Indian journal of veterinary science and animal husbandry - Volume 12,
Year: 1942
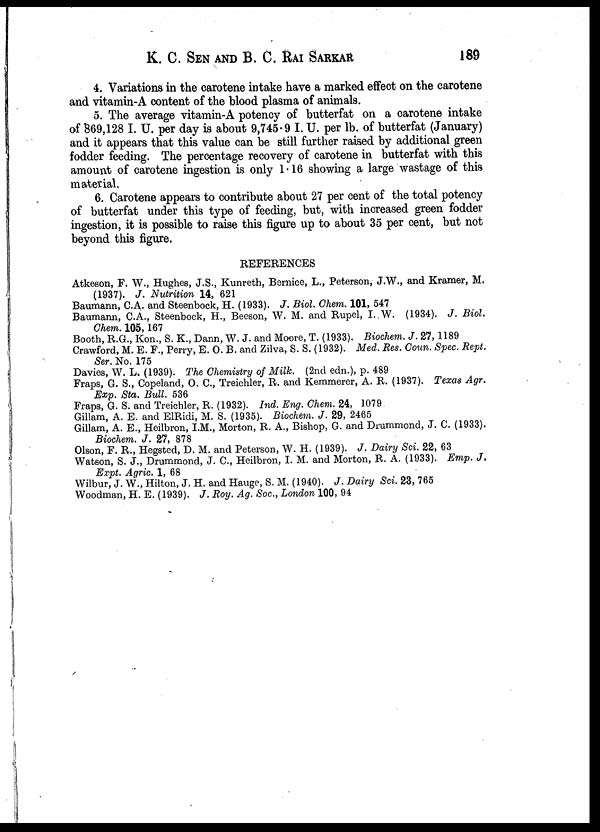
K. C. SEN AND B. C. RAI SARKAR 189
4. Variations in the carotene intake have a marked effect on the carotene
and vitamin-A content of the blood plasma of animals.
5. The average vitamin-A potency of butterfat on a carotene intake
of 869,128 I. U. per day is about 9,745.9 I. U. per lb. of butterfat (January)
and it appears that this value can be still further raised by additional green
fodder feeding. The percentage recovery of carotene in butterfat with this
amount of carotene ingestion is only 1.16 showing a large wastage of this
material.
6. Carotene appears to contribute about 27 per cent of the total potency
of butterfat under this type of feeding, but, with increased green fodder
ingestion, it is possible to raise this figure up to about 35 per cent, but not
beyond this figure.
REFERENCES
Atkeson, F. W., Hughes, J.S., Kunreth, Bernice, L., Peterson, J.W., and Kramer, M.
(1937). J. Nutrition 14, 621
Baumann, C.A. and Steenbock, H. (1933). J. Biol. Chem. 101, 547
Baumann, C.A., Steenbock, H., Beeson, W. M. and Rupel, I. W. (1934). J. Biol.
Chem. 105,167
Booth, R.G., Kon., S. K., Dann, W. J. and Moore, T. (1933). Biochem. J. 27, 1189
Crawford, M. E. F., Perry, E. O. B. and Zilva, S. S. (1932). Med. Res. Coun. Spec. Rept.
Ser. No. 175
Davies, W. L. (1939). The Chemistry of Milk. (2nd edn.), p. 489
Fraps, G. S., Copeland, O. C., Treichler, R. and Kemmerer, A. R. (1937). Texas Agr.
Exp. Sta. Bull. 536
Fraps, G. S. and Treichler, R. (1932). Ind. Eng. Chem. 24, 1079
Gillam, A. E. and ElRidi, M. S. (1935). Biochem. J. 29, 2465
Gillam, A. E., Heilbron, I.M., Morton, R. A., Bishop, G. and Drummond, J. C. (1933).
Biochem. J. 27, 878
Olson, F. R., Hegsted, D. M. and Peterson, W. H. (1939). J. Dairy Sci. 22, 63
Watson, S. J., Drummond, J. C., Heilbron, I. M. and Morton, R. A. (1933). Emp. J.
Expt. Agric. 1, 68
Wilbur, J. W., Hilton, J. H. and Hauge, S. M. (1940). J. Dairy Sci. 23, 765
Woodman, H. E. (1939). J. Roy. Ag. Soc., London 100, 94